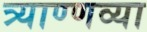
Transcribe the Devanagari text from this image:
त्र्याण्णव्या